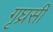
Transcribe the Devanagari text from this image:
गृघ्रसी